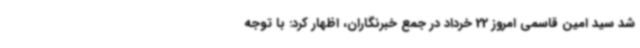
شد سید امین قاسمی امروز 22 خرداد در جمع خبرنگاران، اظهار کرد: با توجه